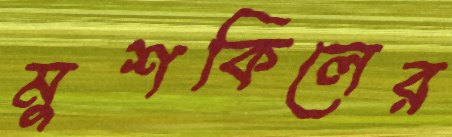
মুশকিলের